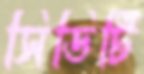
সিডিটি